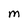
Character: M